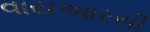
વાયઆરસી